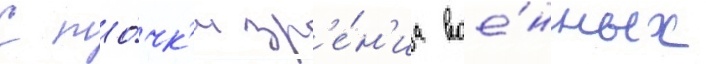
С то́чк'и зр'е́н'иа вое́нных